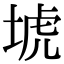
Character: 㙈